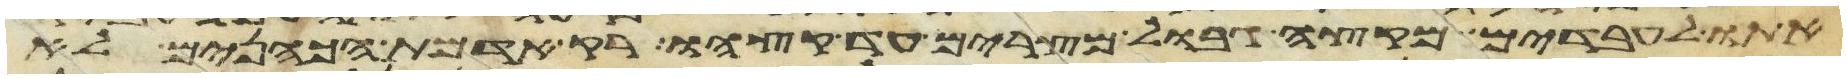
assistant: אתו לעבדים מקצה גבול מצרים עד קצהו רק אדמת הכהנים לא